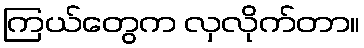
ကြယ်တွေက လှလိုက်တာ။